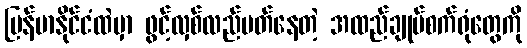
မြန်မာနိုင်ငံထဲမှာ ဖွင့်လှစ်လည်ပတ်နေတဲ့ အထည်ချုပ်စက်ရုံတွေကို